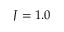
J = 1 . 0